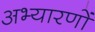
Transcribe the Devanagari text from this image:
अभ्यारणों